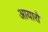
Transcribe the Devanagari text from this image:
आयारो